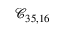
\mathcal { C } _ { 3 5 , 1 6 }